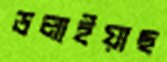
ডলাইয়াছ